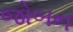
જોબન